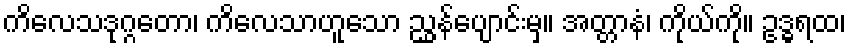
ကိလေသဒုဂ္ဂတော၊ ကိလေသာဟူသော ညွှန်ပျောင်းမှ။ အတ္တာနံ၊ ကိုယ်ကို။ ဥဒ္ဓရထ၊